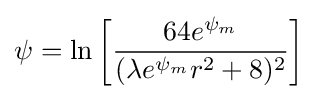
\psi =\ln \left[{\frac {64e^{\psi _{m}}}{(\lambda e^{\psi _{m}}r^{2}+8)^{2}}}\right]